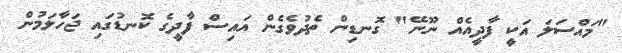
"މައްސަލަ އަކީ ފާދީއެއް ނޫނޭ" ގޮނޑިން ތެދުވެގެން އައިސް ފާދީގެ ކޮނޑުގައި ޖަހާލަމުން